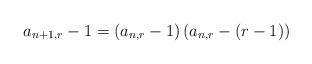
LaTeX: \begin{align*}a_{n+1,r} - 1 = \left( a_{n,r} - 1 \right) \left( a_{n,r} -(r-1) \right) \end{align*}